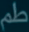
طم